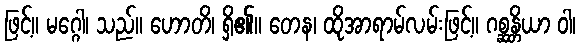
ဖြင့်။ မဂ္ဂေါ၊ သည်။ ဟောတိ၊ ရှိ၏။ တေန၊ ထိုအာရာမ်လမ်းဖြင့်။ ဂစ္ဆန္တိယာ ဝါ၊